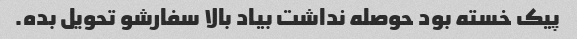
پیک خسته بود حوصله نداشت بیاد بالا سفارشو تحویل بده.